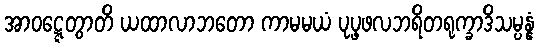
အာဝဋ္ဋေတွာတိ ယထာလာဘတော ကာမမယံ ပုပ္ဖဖလဘရိတရုက္ခာဒိသမ္ပန္နံ